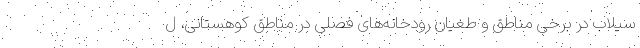
سیلاب در برخی مناطق و طغیان رودخانه‌های فصلی در مناطق کوهستانی، ل